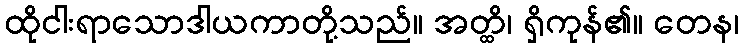
ထိုငါးရာသောဒါယကာတို့သည်။ အတ္ထိ၊ ရှိကုန်၏။ တေန၊